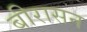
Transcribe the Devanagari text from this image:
बीरासन